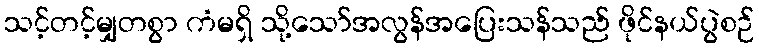
သင့်တင့်မျှတစွာ ကံမရှိ သို့သော်အလွန်အပြေးသန်သည် ဖိုင်နယ်ပွဲစဉ်